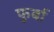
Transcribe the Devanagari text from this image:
फुर्बा